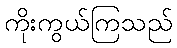
ကိုးကွယ်ကြသည်